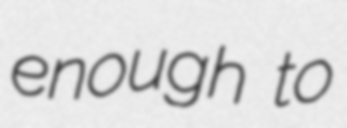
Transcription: enough to